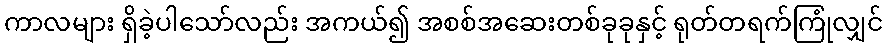
ကာလများ ရှိခဲ့ပါသော်လည်း အကယ်၍ အစစ်အဆေးတစ်ခုခုနှင့် ရုတ်တရက်ကြုံလျှင်